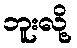
ဘူးလို့